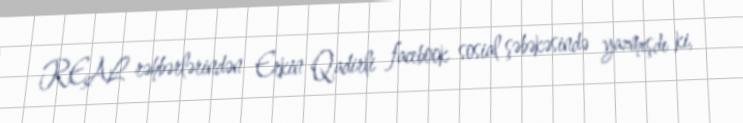
REAL rəhbərlərindən Erkin Qadirli facebook sosial şəbəkəsində yazmışdı ki,